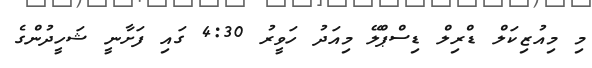
މި މިއުޒިކަލް ޑްރިލް ޑިސްޕްލޭ މިއަދު ހަވީރު 4:30 ގައި ފަށާނީ ޝަހީދުންގެ